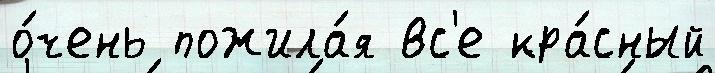
о́чень пожила́я вс'е кра́сный